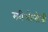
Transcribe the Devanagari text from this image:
मरीओलोजी